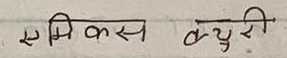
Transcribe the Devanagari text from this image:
सम्बिकस क्युरी